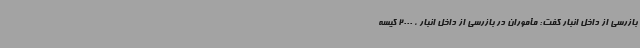
بازرسی از داخل انبار گفت: مأموران در بازرسی از داخل انبار ، 2000 کیسه